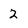
Character: 2